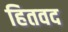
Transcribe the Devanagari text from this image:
हितवद